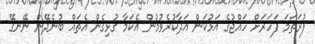
ފުރަތަމަ ފަހަރަށް ހައްޖުގެ އަޅުކަން އަދާކުރެވުމުން އެކަމާ ގުޅިގެން އެތައް ބުނެދޭން ނޭނގޭ